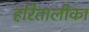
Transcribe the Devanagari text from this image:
हरितालीका